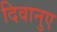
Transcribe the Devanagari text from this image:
दिवानुए